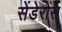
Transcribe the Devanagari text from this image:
सेंडेरोस